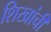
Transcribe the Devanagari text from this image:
शिखांची